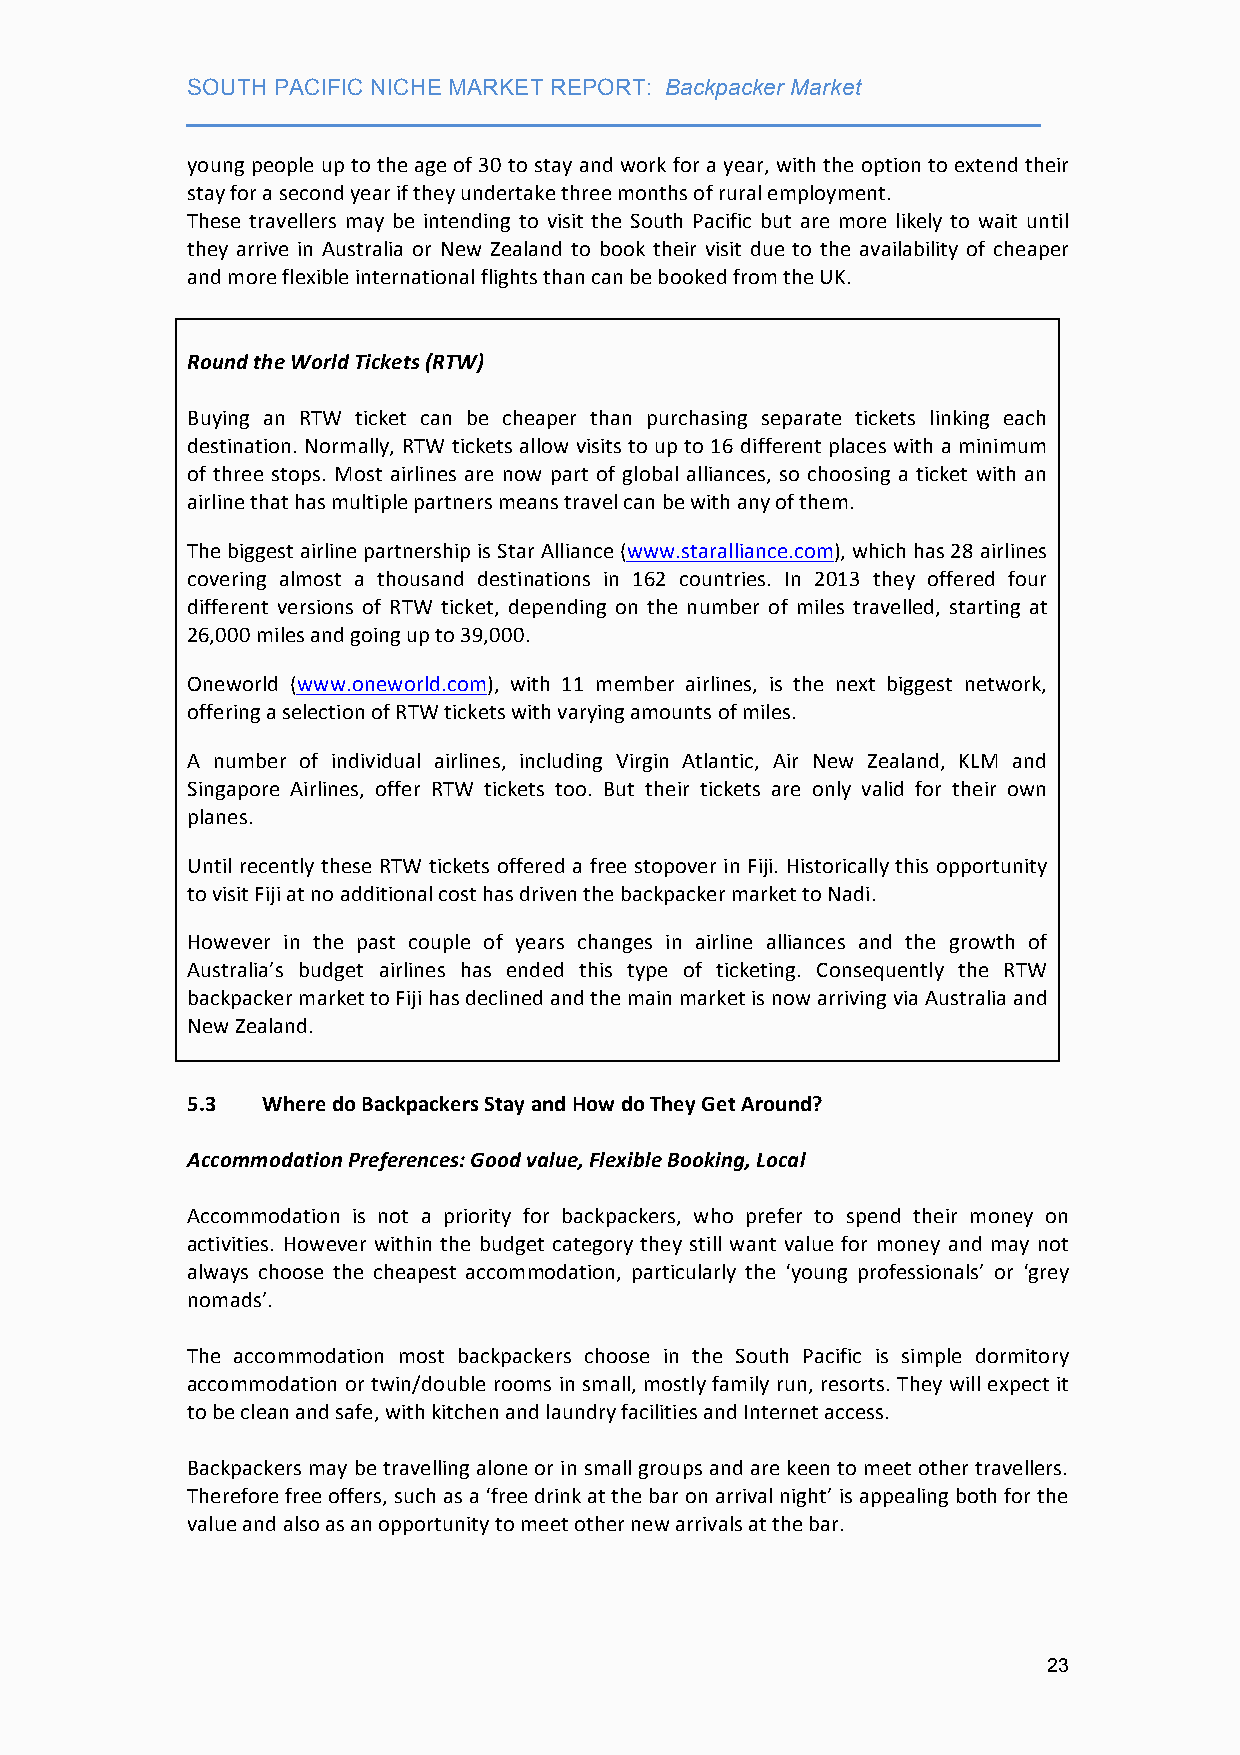
SOUTH PACIFIC NICHE MARKET REPORT: Backpacker Market
 ___________________________________________________________________
 young people up to the age of 30 to stay and work for a year, with the option to extend their
 stay for a second year if they undertake three months of rural employment.
 These travellers may be intending to visit the South Pacific but are more likely to wait until
 they arrive in Australia or New Zealand to book their visit due to the availability of cheaper
 and more flexible international flights than can be booked from the UK.
 Round the World Tickets (RTW)
 Buying an RTW ticket can be cheaper than purchasing separate tickets linking each
 destination. Normally, RTW tickets allow visits to up to 16 different places with a minimum
 of three stops. Most airlines are now part of global alliances, so choosing a ticket with an
 airline that has multiple partners means travel can be with any of them.
 The biggest airline partnership is Star Alliance (www.staralliance.com), which has 28 airlines
 covering almost a thousand destinations in 162 countries. In 2013 they offered four
 different versions of RTW ticket, depending on the number of miles travelled, starting at
 26,000 miles and going up to 39,000.
 Oneworld (www.oneworld.com), with 11 member airlines, is the next biggest network,
 offering a selection of RTW tickets with varying amounts of miles.
 A number of individual airlines, including Virgin Atlantic, Air New Zealand, KLM and
 Singapore Airlines, offer RTW tickets too. But their tickets are only valid for their own
 planes.
 Until recently these RTW tickets offered a free stopover in Fiji. Historically this opportunity
 to visit Fiji at no additional cost has driven the backpacker market to Nadi.
 However in the past couple of years changes in airline alliances and the growth of
 Australia’s budget airlines has ended this type of ticketing. Consequently the RTW
 backpacker market to Fiji has declined and the main market is now arriving via Australia and
 New Zealand.
 5.3  Where do Backpackers Stay and How do They Get Around?
 Accommodation Preferences: Good value, Flexible Booking, Local
 Accommodation is not a priority for backpackers, who prefer to spend their money on
 activities. However within the budget category they still want value for money and may not
 always choose the cheapest accommodation, particularly the ‘young professionals’ or ‘grey
 nomads’.
 The accommodation most backpackers choose in the South Pacific is simple dormitory
 accommodation or twin/double rooms in small, mostly family run, resorts. They will expect it
 to be clean and safe, with kitchen and laundry facilities and Internet access.
 Backpackers may be travelling alone or in small groups and are keen to meet other travellers.
 Therefore free offers, such as a ‘free drink at the bar on arrival night’ is appealing both for the
 value and also as an opportunity to meet other new arrivals at the bar.
 23